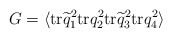
\begin{align*} G = \langle {\rm tr}\widetilde q^2_1{\rm tr}q^2_2{\rm tr}\widetilde q^2_3{\rm tr}q^2_4\rangle\end{align*}